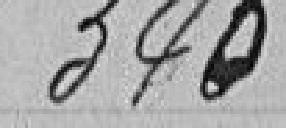
346